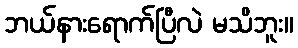
ဘယ်နားရောက်ပြီလဲ မသိဘူး။